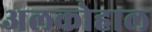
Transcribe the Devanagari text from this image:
अलकोहाल